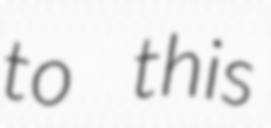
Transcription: to this